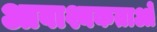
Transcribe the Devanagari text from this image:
आवाश्यकताओं